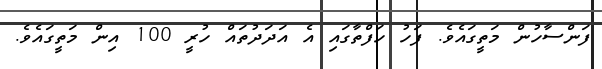
ފަންސާހުން މަތީގައެވެ. ފަހު ހަފްތާގައި އެ އަދަދުތައް ހުރީ 100 އިން މަތީގައެވެ.